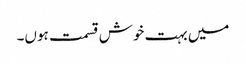
میں بہت خوش قسمت ہوں۔